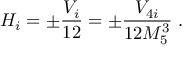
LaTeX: H _ { i } = \pm \frac { V _ { i } } { 1 2 } = \pm \frac { V _ { 4 i } } { 1 2 M _ { 5 } ^ { 3 } } \; .